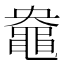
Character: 𪓛